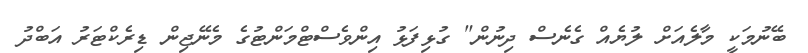
ބޭނުމަކީ މާލެއަށް ލުޔެއް ގެނެސް ދިނުން" ގުޅިފަޅު އިންވެސްޓްމަންޓުގެ މެނޭޖިން ޑިރެކްޓަރު އަބްދު